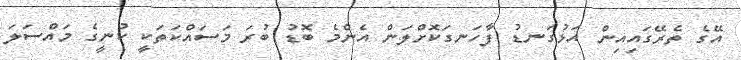
އޭގެ ތެރޭގައިއިން އަޅުގަނޑު ފާހަނގަކޮށްލަން އެންމެ ބޮޑު ބުރަ މަސައްކަތަކީ ކުނީގެ މައްސަލަ